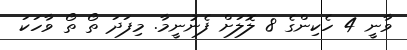
ވާނީ 4 ހެކިންގެ 8 ލޮލަށް ފެނުނީމާ. މިފަދަ ތޯ ތޯ ވާހަކަ